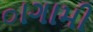
ાગામી